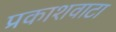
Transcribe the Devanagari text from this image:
प्रकाशवाटा